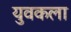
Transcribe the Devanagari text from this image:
युवकला